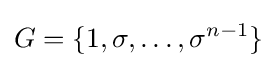
G=\{1,\sigma ,\ldots ,\sigma ^{n-1}\}